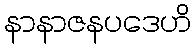
နာနာဇနပဒေဟိ